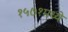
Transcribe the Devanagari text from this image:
१५७१मध्ये